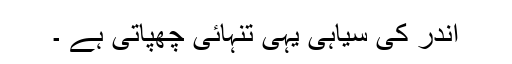
اندر کی سیاہی یہی تنہائی چھپاتی ہے ۔